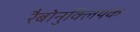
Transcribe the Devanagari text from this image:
रैबोनुक्लियक